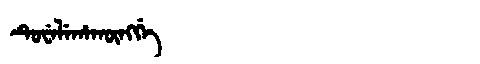
Manchu: ᡨᡠᠸᡝᠯᡝᡥᠠᡴᡡᠩᡤᡝ
Romanization: TUWELEHAKŪNGGE